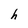
Character: h